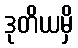
ဒုတိယမှိ